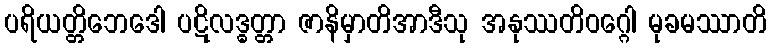
ပရိယတ္တိဘေဒေါ ပဋိလဒ္ဓတ္တာ ဇာနိမှာတိအာဒီသု အနုဿတိဝဂ္ဂေါ မုခမဿာတိ